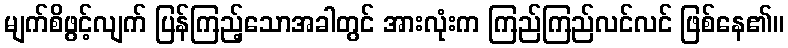
မျက်စိဖွင့်လျက် ပြန်ကြည့်သောအခါတွင် အားလုံးက ကြည်ကြည်လင်လင် ဖြစ်နေ၏။